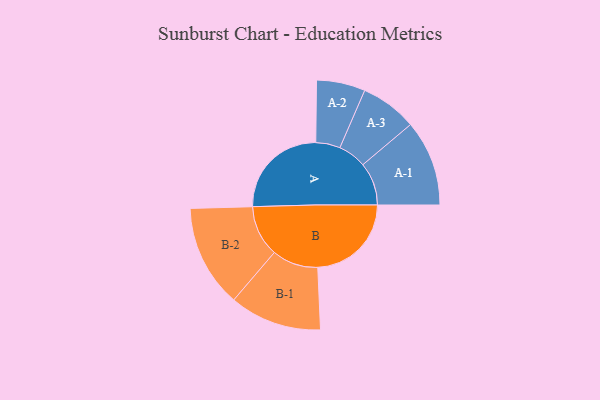
{"axis": {"x": "Segment", "y": "Value"}, "legend": ["", "A", "B"], "data": [{"x": "A", "y": 499, "type": ""}, {"x": "B", "y": 473, "type": ""}, {"x": "A-1", "y": 217, "type": "A"}, {"x": "A-2", "y": 123, "type": "A"}, {"x": "A-3", "y": 143, "type": "A"}, {"x": "B-1", "y": 233, "type": "B"}, {"x": "B-2", "y": 259, "type": "B"}]}